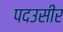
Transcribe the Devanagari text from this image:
पदउसीर